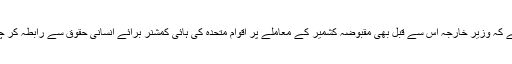
خیال رہے کہ وزیر خارجہ اس سے قبل بھی مقبوضہ کشمیر کے معاملے پر اقوام متحدہ کی ہائی کمشنر برائے انسانی حقوق سے رابطہ کر چکے ہیں۔